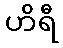
ဟိရီ